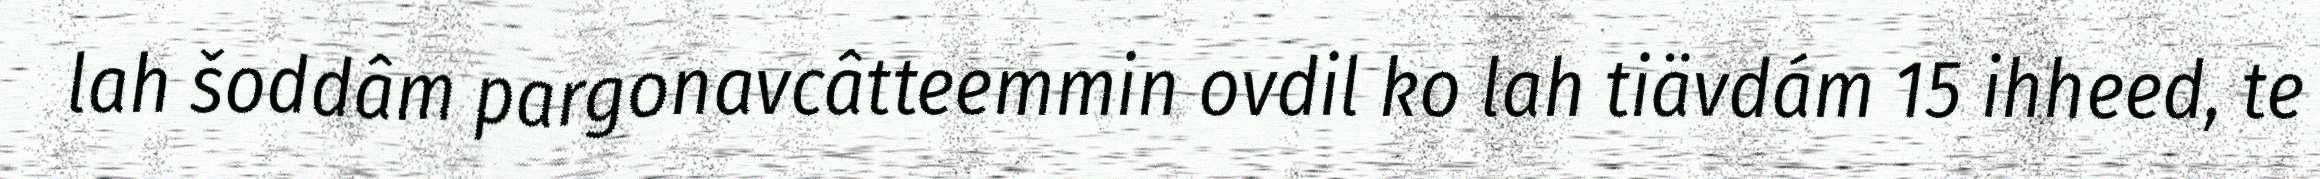
lah šoddâm pargonavcâtteemmin ovdil ko lah tiävdám 15 ihheed, te